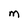
Character: M